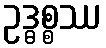
ဥဒ္ဓစ္စဿ